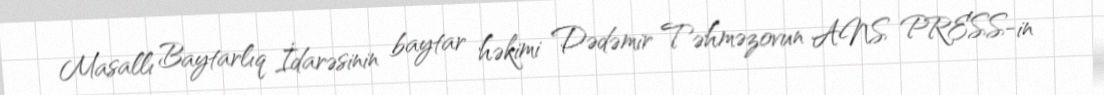
Masallı Baytarlıq İdarəsinin baytar həkimi Dədəmir Təhməzovun ANS PRESS-in